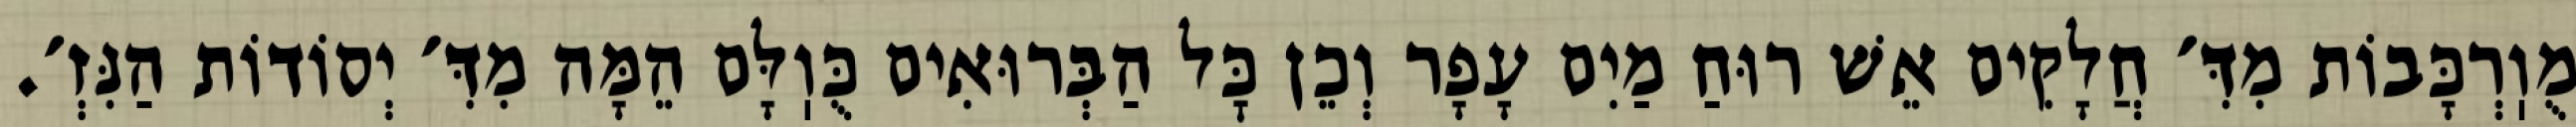
מֻוֽרְכָּבוֹת מִדִּ׳ חֲלָקִים אֵשׁ רוּחַ מַיִם עָפָר וְכֵן כׇּל הַבְּרוּאִים כֻּוֽלָּם הֵמָּה מִדִּ׳ יְסוֹדוֹת הַנִּזְ׳.